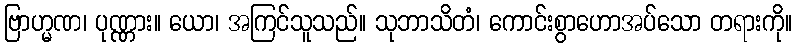
ဗြာဟ္မဏ၊ ပုဏ္ဏား။ ယော၊ အကြင်သူသည်။ သုဘာသိတံ၊ ကောင်းစွာဟောအပ်သော တရားကို။